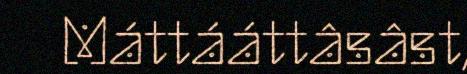
Máttááttâsâst,